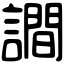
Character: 𧬘